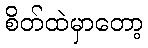
စိတ်ထဲမှာတော့